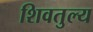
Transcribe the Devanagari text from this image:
शिवतुल्य